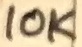
Text: 10K